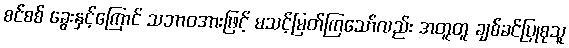
စင်စစ် ခွေးနှင့်ကြောင် သဘာဝအားဖြင့် မသင့်မြတ်ကြသော်လည်း အတူတူ ချစ်ခင်ပြုစုသူ